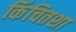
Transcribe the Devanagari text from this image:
किंचितशा